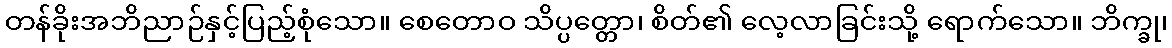
တန်ခိုးအဘိညာဉ်နှင့်ပြည့်စုံသော။ စေတောဝ သိပ္ပတ္တော၊ စိတ်၏ လေ့လာခြင်းသို့ ရောက်သော။ ဘိက္ခု၊